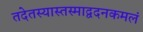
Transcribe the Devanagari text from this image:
तदेतस्यास्तस्माद्वदनकमलं